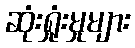
ဆုံးရှုံးမှုများ